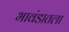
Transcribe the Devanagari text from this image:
भावंडातला